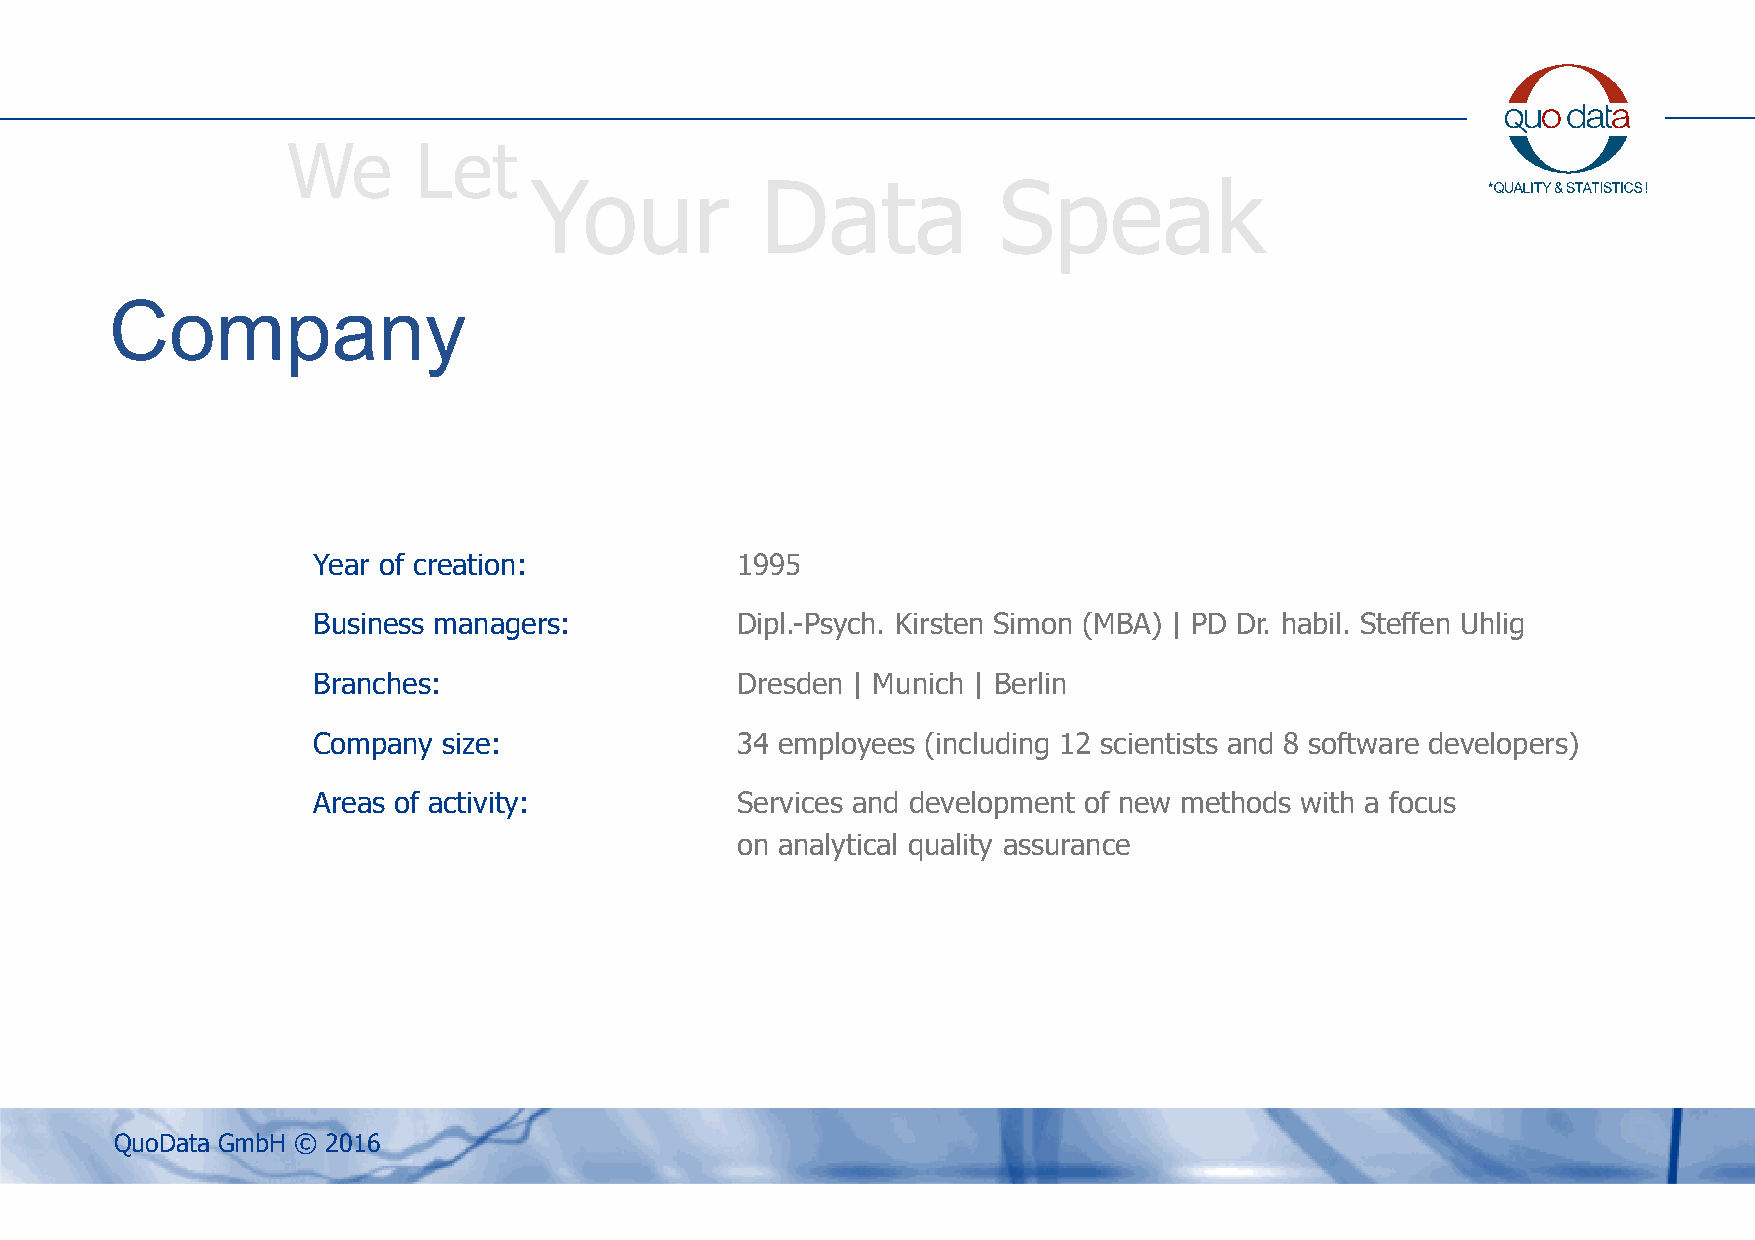
We      Let
 Your           Data            Speak
 Company
 Year of creation:           1995
 Business managers:          Dipl.-Psych. Kirsten Simon (MBA) | PD Dr. habil. Steffen Uhlig
 Branches:                   Dresden | Munich | Berlin
 Company size:               34 employees (including 12 scientists and 8 software developers)
 Areas of activity:          Services and development of new methods with a focus
 on analytical quality assurance
 QuoData GmbH © 2016